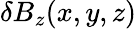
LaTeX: \delta B_{z}(x,y,z)